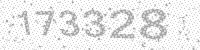
Solution: 173328